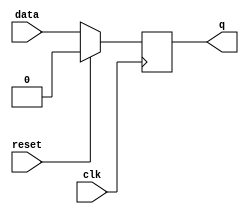
module flip_flop (
    input wire clk,
    input wire reset,
    input wire data,
    output reg q
);

always @(posedge clk) begin
    if (reset) begin
        q <= 1'b0;
    end else begin
        q <= data;
    end
end

endmodule